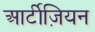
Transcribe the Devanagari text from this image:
आर्टीज़ियन